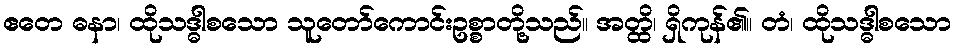
ဧတေ ဓနာ၊ ထိုသဒ္ဓါစသော သူတော်ကောင်းဥစ္စာတို့သည်။ အတ္ထိ၊ ရှိကုန်၏။ တံ၊ ထိုသဒ္ဓါစသော